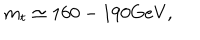
m _ { t } \simeq 1 6 0 - 1 9 0 \mathrm { G e V } ,